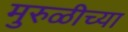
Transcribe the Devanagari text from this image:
मुरुळीच्या